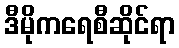
ဒီမိုကရေစီဆိုင်ရာ